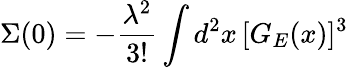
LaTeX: \Sigma(0)=-\frac{{\lambda}^{2}}{3!}\int d^{2}x\, [G_{E}(x)]^{3}